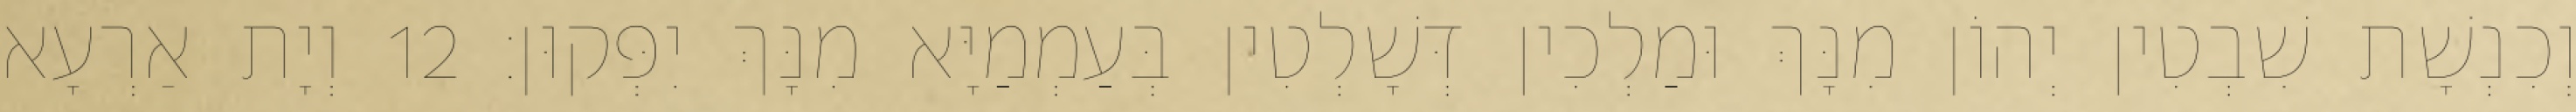
וְכִנְשָׁת שִׁבְטִין יְהוֹן מִנָּךְ וּמַלְכִין דְּשָׁלְטִין בְּעַמְמַיָּא מִנָּךְ יִפְּקוּן׃ 12 וְיָת אַרְעָא